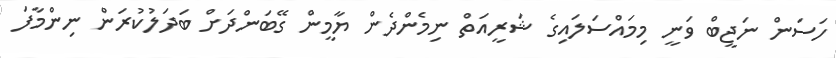
ހަސަން ނަޖީބް ވަނީ މިމައްސަލައިގެ ޝަރީއަތް ނިމެންދެން ޔާމީން ގޭބަންދަށް ބަދަލުކުރަން ނިންމާފަ